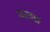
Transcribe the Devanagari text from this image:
थरवडा